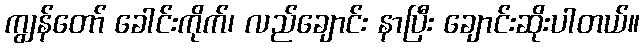
ကျွန်တော် ခေါင်းကိုက်၊ လည်ချောင်း နာပြီး ချောင်းဆိုးပါတယ်။